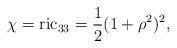
LaTeX: \begin{align*}\chi={\rm ric}_{33}=\frac 12(1+\rho^2)^2,\end{align*}